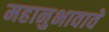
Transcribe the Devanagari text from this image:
महानुभावावे